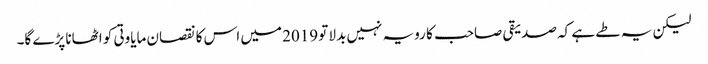
لیکن یہ طے ہے کہ صدیقی صاحب کا رویہ نہیں بدلا تو 2019 میں اس کا نقصان مایاوتی کو اٹھانا پڑے گا۔